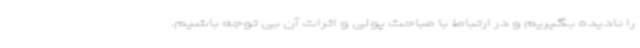
را نادیده بگیریم و در ارتباط با مباحث پولی و اثرات آن بی توجه باشیم.